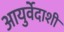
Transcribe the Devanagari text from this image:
आयुर्वेदाशी